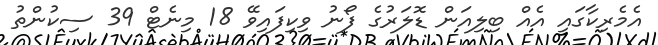
އެމެރިކާގައި އެއް ބިލިއަން ޑޮލަރުގެ ފޯނު ވިކިފައިވޭ 18 މިނެޓް 39 ސިކުންތު